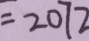
= 2 0 7 2